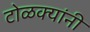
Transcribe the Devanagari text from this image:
टोळक्यांनी